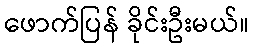
ဖောက်ပြန် ခိုင်းဦးမယ်။